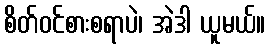
စိတ်ဝင်စားစရာပဲ၊ အဲဒါ ယူမယ်။